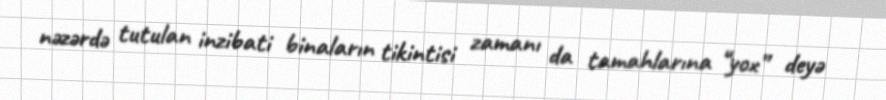
nəzərdə tutulan inzibati binaların tikintisi zamanı da tamahlarına “yox” deyə